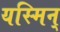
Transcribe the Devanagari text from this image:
यस्मिन्‌